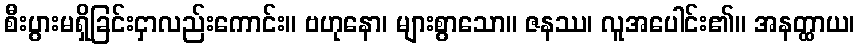
စီးပွားမရှိခြင်းငှာလည်းကောင်း။ ဗဟုနော၊ များစွာသော။ ဇနဿ၊ လူအပေါင်း၏။ အနတ္ထာယ၊